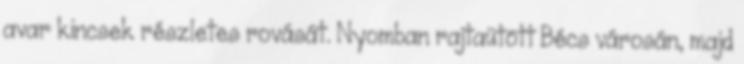
avar kincsek részletes rovását. Nyomban rajtaütött Bécs városán, majd